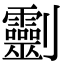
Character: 𠠱